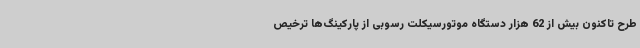
طرح تاکنون بیش از 62 هزار دستگاه موتورسیکلت رسوبی از پارکینگ‌ها ترخیص